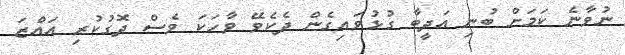
ނުވާނެ ކަމަށް ބުނި އަދީބާ ގުޅުވައިގެން ދެކެވޭ ވާހަކަ ވެސް ދޮގުކުރި އައްޒަ